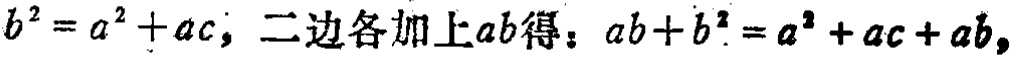
\(b^{2}=a^{2}+ac,\ 二边各加上ab得：ab + b^{2}=a^{2}+ac + ab,\)